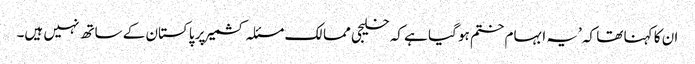
ان کا کہنا تھا کہ ’یہ ابہام ختم ہو گیا ہے کہ خلیجی ممالک مسئلہ کشمیر پر پاکستان کے ساتھ نہیں ہیں۔